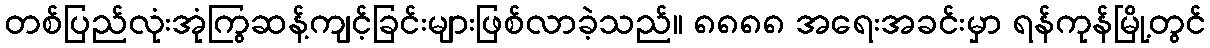
တစ်ပြည်လုံးအုံကြွဆန့်ကျင့်ခြင်းများဖြစ်လာခဲ့သည်။ ၈၈၈၈ အရေးအခင်းမှာ ရန်ကုန်မြို့တွင်